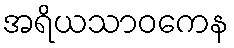
အရိယသာဝကေန